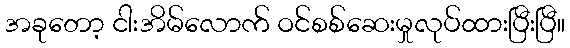
အခုတော့ ငါးအိမ်လောက် ဝင်စစ်ဆေးမှုလုပ်ထားပြီးပြီ။